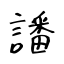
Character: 譒